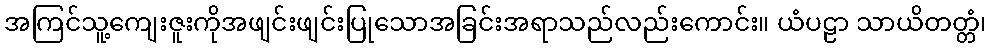
အကြင်သူ့ကျေးဇူးကိုအဖျင်းဖျင်းပြုသောအခြင်းအရာသည်လည်းကောင်း။ ယံပဠာ သာယိတတ္တံ၊